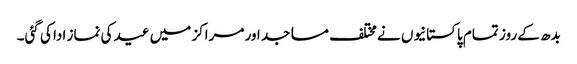
بدھ کے روز تمام پاکستانیوں نے مختلف مساجد اور مراکز میں عید کی نماز ادا کی گئی۔